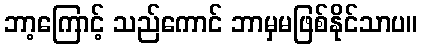
ဘာ့ကြောင့် သည်ကောင် ဘာမှမဖြစ်နိုင်သာပ။